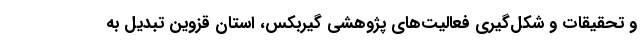
و تحقیقات و شکل‌گیری فعالیت‌های پژوهشی گیربکس، استان قزوین تبدیل به